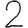
Digit: 2